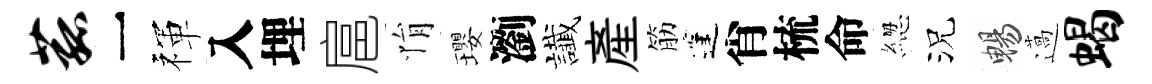
菰一禈入埋扈悁瓔瀏䜟産筋蓬肖梳命緫況暢薖蝎